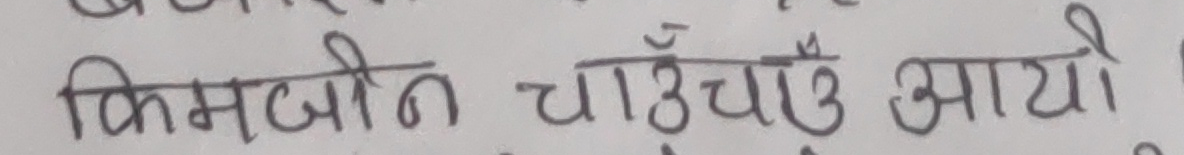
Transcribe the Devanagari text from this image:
किमजोत चाँचौटै आयो!